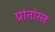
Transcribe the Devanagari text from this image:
प्रांतांसह